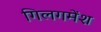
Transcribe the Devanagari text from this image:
गिलगमेंश